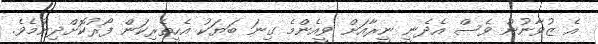
އެ ޒުވާނުން ވެސް އެދެނީ ނީރާއަށް ވީއެންމެ ގިނަ ބަޔަކު އެހީތެރިކަން ފޯރުކޮށްދިނުމެވެ.